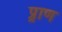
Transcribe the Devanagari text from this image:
प्र्राण